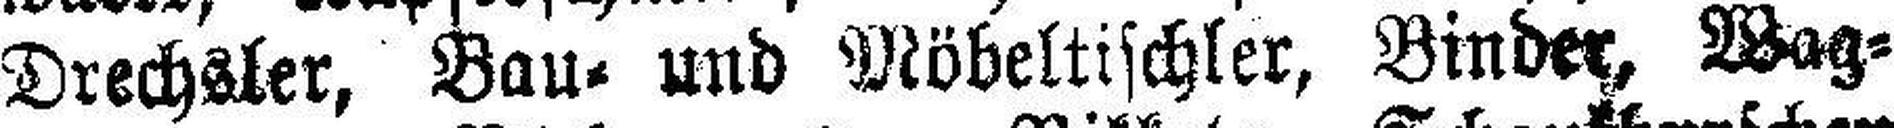
Drechsler, Bau= und Möbeltischler, Binder, Wag¬